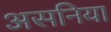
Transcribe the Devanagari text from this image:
असनिया